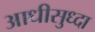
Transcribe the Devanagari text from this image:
आधीसुध्दा